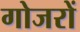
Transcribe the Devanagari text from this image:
गोजरों